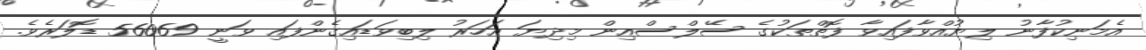
އެމަނިކުފާނު ލިޔުއްވާފައިވާ ފޮތްތަކުގެ ސޭލްސްއިން މިދިޔަ އަހަރު ލިބިވަޑައިގެންފައި ވަނީ 56069 ޑޮލަރެވެ.